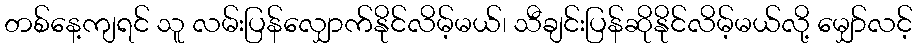
တစ်နေ့ကျရင် သူ လမ်းပြန်လျှောက်နိုင်လိမ့်မယ်၊ သီချင်းပြန်ဆိုနိုင်လိမ့်မယ်လို့ မျှော်လင့်